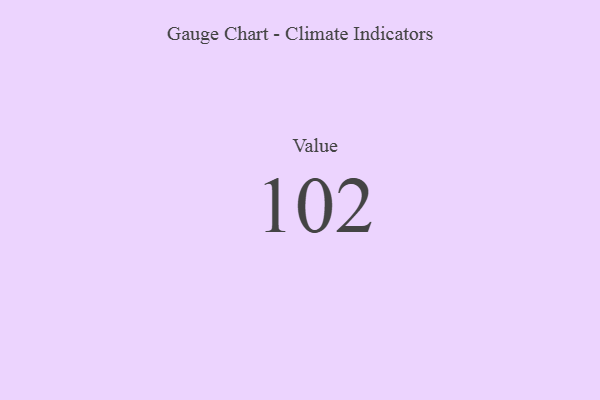
{"axis": {"x": "Metric", "y": "Value"}, "legend": [""], "data": [{"x": "Value", "y": 102, "type": ""}]}